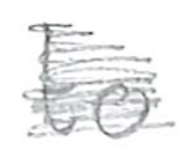
Text: to
Cross-out: scratch
Writing tool: pencil